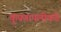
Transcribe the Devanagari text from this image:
कुंपणापलीकडे